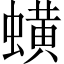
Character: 蟥